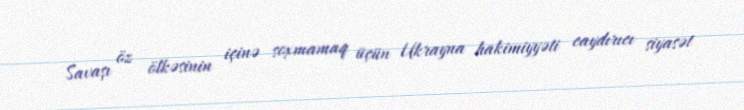
Savaşı öz ölkəsinin içinə soxmamaq üçün Ukrayna hakimiyyəti caydırıcı siyasət